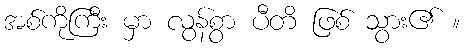
အစ်ကိုကြီး မှာ လွန်စွာ ပီတိ ဖြစ် သွား၏ ။